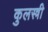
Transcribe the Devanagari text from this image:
कुलस्त्री